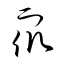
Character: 眾